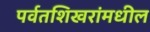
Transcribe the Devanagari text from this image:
पर्वतशिखरांमधील